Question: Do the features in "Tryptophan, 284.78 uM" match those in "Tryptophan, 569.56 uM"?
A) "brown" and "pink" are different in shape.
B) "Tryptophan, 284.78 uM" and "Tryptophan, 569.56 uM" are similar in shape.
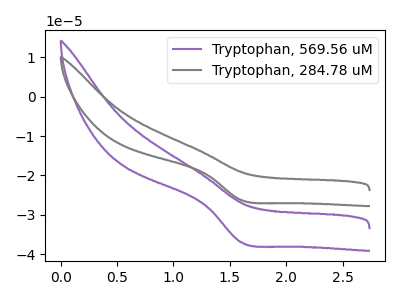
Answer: <think>The purple curve "Tryptophan, 569.56 uM" has a cathodic peak at: (1.60V, -36.95uA). The gray curve "Tryptophan, 284.78 uM" has a cathodic peak at: (1.60V, -26.25uA).
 All the peaks in "Tryptophan, 284.78 uM" have a peak in "Tryptophan, 569.56 uM" at the same potential. Every peak in "Tryptophan, 284.78 uM" is lower than every peak in "Tryptophan, 569.56 uM".</think>
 <answer>B) "Tryptophan, 284.78 uM" and "Tryptophan, 569.56 uM" are similar in shape.</answer>
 <eval>B</eval>